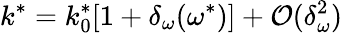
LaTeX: k^{*}=k_{0}^{*}[1+\delta_{\omega}(\omega^{*})]+\mathcal{O}(\delta_{\omega}^{2})